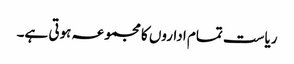
ریاست تمام اداروں کا مجموعہ ہوتی ہے۔